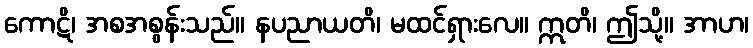
ကောဋိ၊ အစအစွန်းသည်။ နပညာယတိ၊ မထင်ရှားလေ။ ဣတိ၊ ဤသို့။ အာဟ၊